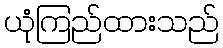
ယုံကြည်ထားသည်